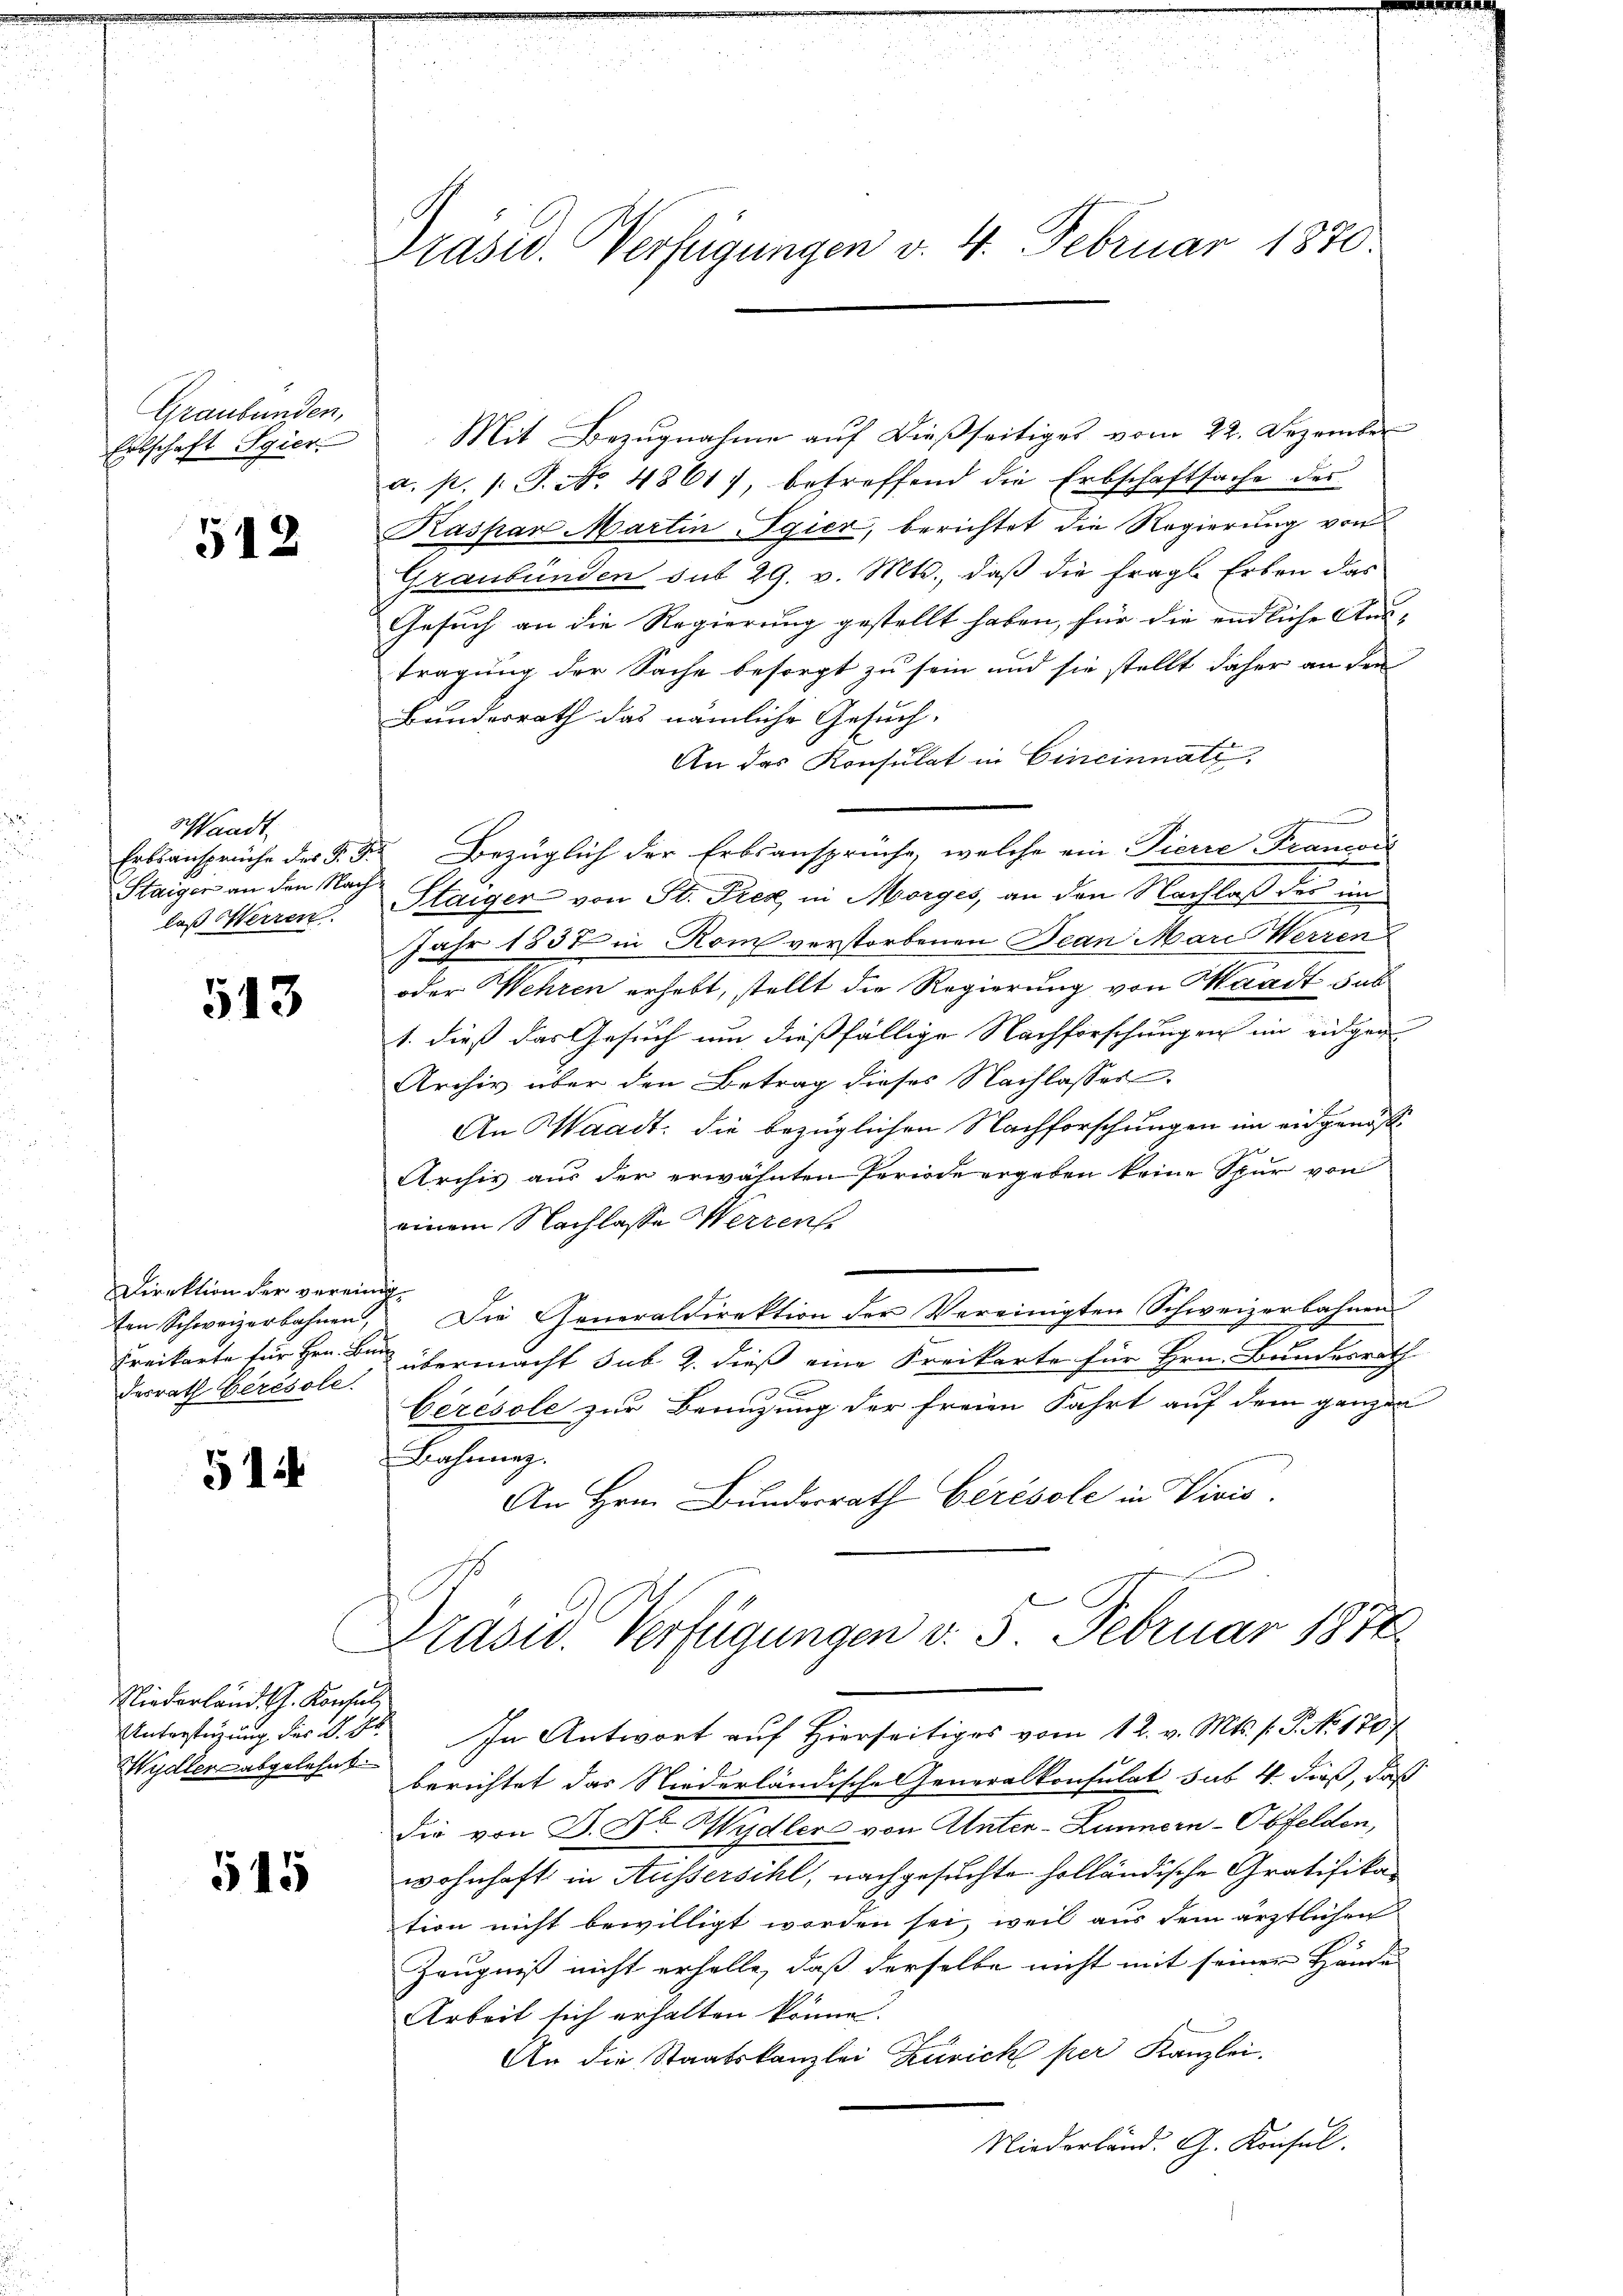
Graubünden,
Erbschaft Egier

512

Sandt
Erbsansprüche der P. G.
Staiger an den Nach
laß Herren

513

Direktion der verein
ten Schweizerbahnen,
Kreikarte für Hrn. Bi
desrath Berésole.

514

Niederland. Ch. Konsul
Unterstüzung dies d. Ge
Wydler abgelehnt

515

Präsid. Verfügungen v. 4. Februar 1870

Mit Bezugnahme auf dießseitiges vom 22. Dezember
a. p. 1. J. No. 4861 betreffend die Erbschaftsache des
Kaspar Martingier, berichtet die Regierung von
Graubünden sub 29. v. Mts., daß die fragl. Erben das
Gesuch an die Regierung gestellt haben, für die endliche Austragung der Sache besorgt zu sein und sie stellt daher an den
Bunderrath das nämliche Gesuch,
An das Konsulat in Cincinnatz,
schwere

Bezüglich der Erbsansprüche, welche ein Pierre Francoi
Staiger von St. Prek in Morges, an den Nachlaß der im
Jahr 1837 in Rom verstorbenen Bean Mari Werren
oder Wehren erhebt, stellt die Regierung von Waadt sub
1. dieß das Gesuch um dießfällige Nachforschungen im eidgen
Archiv über den Betrag dieses Nachlasses
An Waadt: die bezüglichen Nachforschungen im eidgenöß¬
Archiv aus der erwähnten Periode ergeben keine Spur von
einem Nachlasse Herren
i
Die Generaldirektion der Vereinigten Schweizerbahnen
e
J
übermacht sub 2. dieß eine Kreikarte für Hrn. Bundesrath
x
Ceresole zur Benuzung der freien Fahrt auf dem ganzen
Bahnung
An Hrn. Bundesrath Gérésole in Vivis.
Präsid. Verfügungen v. 5. Februar 1858.

In Antwort auf Hierseitiges vom 12. v. Mts. f. P. No. 170
berichtet das Niederländische Generalkonsulat sub 4 dieß, daß
Die von J. Dr Wydler von Anter-Lunnern-Obfelden,
wohnhaft in Aussersihl, nachgesuchte holländische Gratifikation nicht bewilligt worden sei, weil aus dem ärztlichen
Zeugniß nicht erhalte, daß derselbe nicht mit seiner Hande
Arbeit sich erhalten könne.
An die Staatskanzlei Zürich per Kanzlei.
Niederländ. G. Konsul